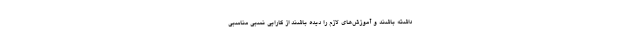
داشته باشند و آموزش‌های لازم را دیده باشند از کارایی نسبی مناسبی